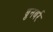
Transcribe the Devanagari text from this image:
ब्रुनबर्र